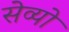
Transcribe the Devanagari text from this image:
सेव्यो